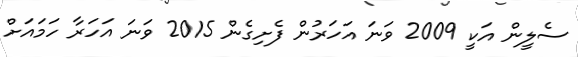
ސެލީން އަކީ 2009 ވަނަ އަހަރުން ފެށިގެން 2015 ވަނަ އަހަރާ ހަމައަށް